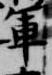
軍